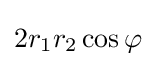
2r_{1}r_{2}\cos \varphi